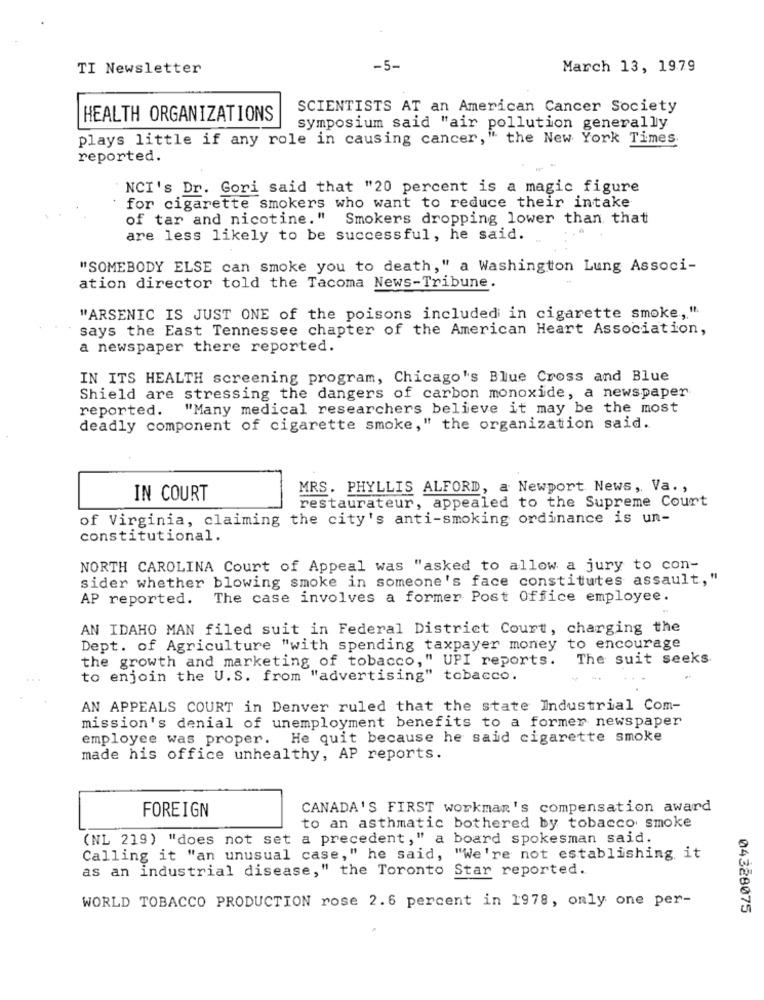
TI Newsletter
-5-
March 13, 1979
SCIENTISTS AT an American Cancer Society
HEALTH ORGANIZATIONS
symposium said "air pollution generally
plays little if any role in causing cancer,"
," the New York Times.
reported.
NCI's Dr. Gori said that "20 percent is a magic figure
for cigarette smokers who want to reduce their intake
of tar and nicotine." Smokers dropping lower than that
are less likely to be successful, he said.
"SOMEBODY ELSE can smoke you to death," a Washington Lung Associ-
ation director told the Tacoma News-Tribune.
"ARSENIC IS JUST ONE of the poisons included in cigarette smoke,".
says the East Tennessee chapter of the American Heart Association,
a newspaper there reported.
IN ITS HEALTH screening program, Chicago's Blue Cross and Blue
Shield are stressing the dangers of carbon monoxide, a newspaper
reported.
"Many medical researchers believe it may be the most
deadly component of cigarette smoke," the organization said.
MRS. PHYLLIS ALFORD, a Newport News, Va .,
IN COURT
restaurateur, appealed to the Supreme Court
of Virginia, claiming the city's anti-smoking ordinance is un-
constitutional.
NORTH CAROLINA Court of Appeal was "asked to allow a jury to con-
sider whether blowing smoke in someone's face constitutes assault,"
AP reported.
The case involves a former Post Office employee.
AN IDAHO MAN filed suit in Federal District Court, charging the
Dept. of Agriculture "with spending taxpayer money to encourage
the growth and marketing of tobacco," UPI reports. The suit seeks
to enjoin the U.S. from "advertising" tobacco.
AN APPEALS COURT in Denver ruled that the state Industrial Com-
mission's denial of unemployment benefits to a former newspaper
employee was proper. He quit because he said cigarette smoke
made his office unhealthy, AP reports.
FOREIGN
CANADA'S FIRST workman's compensation award
to an asthmatic bothered by tobacco smoke
(NL 219) "does not set a precedent," a board spokesman said.
Calling it "an unusual case," he said, "We're not establishing it
as an industrial disease," the Toronto Star reported.
WORLD TOBACCO PRODUCTION rose 2.6 percent in 1978, only one per-
04328075